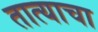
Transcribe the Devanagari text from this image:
तात्याचा